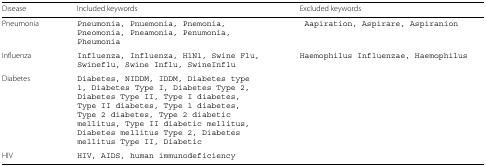
| Disease | Included keywords | Excluded keywords |
 | --- | --- | --- |
 | Pneumonia | Pneumonia, Pnuemonia, Pnemonia, Pneomonia, Pneamonia, Penumonia, Pheumonia | Aapiration, Aspirare, Aspiranion |
 | Influenza | Influenza, Influenza, H1N1, Swine Flu, Swineflu, Swine Influ, SwineInflu | Haemophilus Influenzae, Haemophilus |
 | Diabetes | Diabetes, NIDDM, IDDM, Diabetes type 1, Diabetes Type I, Diabetes Type 2, Diabetes Type II, Type I diabetes, Type II diabetes, Type 1 diabetes, Type 2 diabetes, Type 2 diabetic mellitus, Type II diabetic mellitus, Diabetes mellitus Type 2, Diabetes mellitus Type II, Diabetic |  |
 | HIV | HIV, AIDS, human immunodeficiency |  |